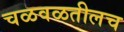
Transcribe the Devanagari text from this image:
चळवळतीलच